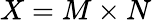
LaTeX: X=M\times N